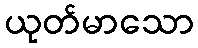
ယုတ်မာသော